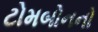
ટોમબોનનો